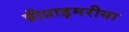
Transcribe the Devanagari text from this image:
प्रीप्राइमरीया